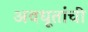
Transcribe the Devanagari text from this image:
अवधूतांची